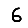
Digit: 6